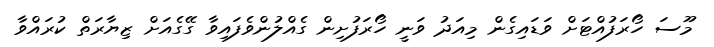
މޫސަ ހޯރަފުއްޓަށް ވަޑައިގެން މިއަދު ވަނީ ހޯރަފުށިން ގެއްލުންވެފައިވާ ގޭގެއަށް ޒިޔާރަތް ކުރައްވާ